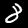
Label: 8